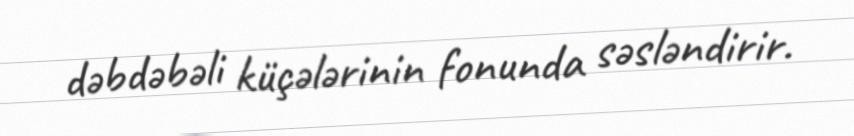
dəbdəbəli küçələrinin fonunda səsləndirir.